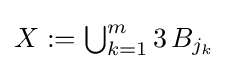
{\textstyle X:=\bigcup _{k=1}^{m}3\,B_{j_{k}}}